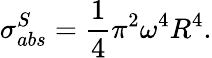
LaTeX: \sigma_{abs}^{S}=\frac{1}{4}\pi^{2}\omega^{4}R^{4}.